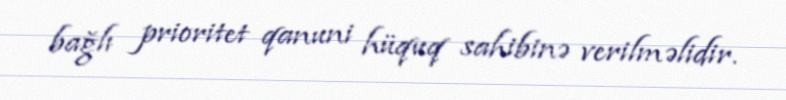
bağlı prioritet qanuni hüquq sahibinə verilməlidir.